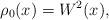
LaTeX: \begin{align*}\rho_0(x)=W^2(x),\end{align*}